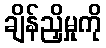
ချိန်ညှိမှုကို